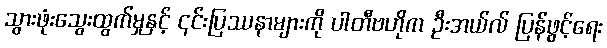
သွားဖုံးသွေးထွက်မှုနှင့် ၎င်းပြဿနာများကို ပါတီဗဟိုက ဦးအယ်လ် ပြန်ဖွင့်ရေး